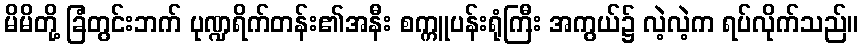
မိမိတို့ ခြံတွင်းဘက် ပုဏ္ဍရိက်တန်း၏အနီး စက္ကူပန်းရုံကြီး အကွယ်၌ လဲ့လဲ့က ရပ်လိုက်သည်။